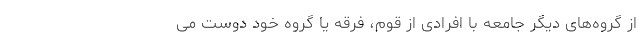
از گروه‌های دیگر جامعه با افرادی از قوم، فرقه یا گروه خود دوست می